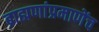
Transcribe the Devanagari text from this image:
ब्राह्मणांप्रमाणेंच